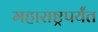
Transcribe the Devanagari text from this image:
महाराष्ट्रपर्यंत